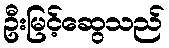
ဦးမြင့်ဆွေသည်